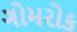
ગોમરોક